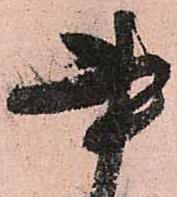
書